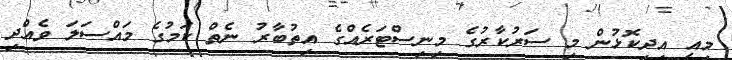
މިއީ އިދިކޮޅުން މި ސަރުކާރުގެ މިނިސްޓަރެއްގެ އިތުބާރު ނެތް ކަމުގެ މައްސަލަ ވެއްދި